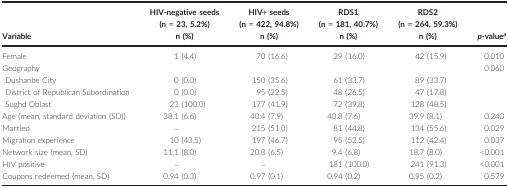
<table><thead><tr><td rowspan="2"><b>Variable</b></td><td><b>HIV‐negative seeds (n = 23, 5.2%)</b></td><td><b>HIV+ seeds (n = 422, 94.8%)</b></td><td><b>RDS1 (n = 181, 40.7%)</b></td><td><b>RDS2 (n = 264, 59.3%)</b></td><td rowspan="2"><b><i>p</i>‐valuea</b></td></tr><tr><td><b>n (%)</b></td><td><b>n (%)</b></td><td><b>n (%)</b></td><td><b>n (%)</b></td></tr></thead><tbody><tr><td>Female</td><td>1 (4.4)</td><td>70 (16.6)</td><td>29 (16.0)</td><td>42 (15.9)</td><td>0.010</td></tr><tr><td colspan="5">Geography</td><td rowspan="4">0.060</td></tr><tr><td>Dushanbe City</td><td>0 (0.0)</td><td>150 (35.6)</td><td>61 (33.7)</td><td>89 (33.7)</td></tr><tr><td>District of Republican Subordination</td><td>0 (0.0)</td><td>95 (22.5)</td><td>48 (26.5)</td><td>47 (17.8)</td></tr><tr><td>Sughd Oblast</td><td>23 (100.0)</td><td>177 (41.9)</td><td>72 (39.8)</td><td>128 (48.5)</td></tr><tr><td>Age (mean, standard deviation (SD))</td><td>38.1 (6.6)</td><td>40.4 (7.9)</td><td>40.8 (7.6)</td><td>39.9 (8.1)</td><td>0.240</td></tr><tr><td>Married</td><td>–</td><td>215 (51.0)</td><td>81 (44.8)</td><td>134 (55.6)</td><td>0.029</td></tr><tr><td>Migration experience</td><td>10 (43.5)</td><td>197 (46.7)</td><td>95 (52.5)</td><td>112 (42.4)</td><td>0.037</td></tr><tr><td>Network size (mean, SD)</td><td>11.1 (8.0)</td><td>20.8 (6.5)</td><td>9.4 (6.8)</td><td>18.7 (8.0)</td><td>&lt;0.001</td></tr><tr><td>HIV positive</td><td>–</td><td>–</td><td>181 (100.0)</td><td>241 (91.3)</td><td>&lt;0.001</td></tr><tr><td>Coupons redeemed (mean, SD)</td><td>0.94 (0.3)</td><td>0.97 (0.1)</td><td>0.94 (0.2)</td><td>0.95 (0.2)</td><td>0.579</td></tr></tbody></table>